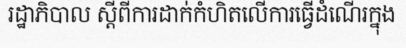
រដ្ឋាភិបាល ស្តីពីការដាក់កំហិតលើការធ្វើដំណើរក្នុង